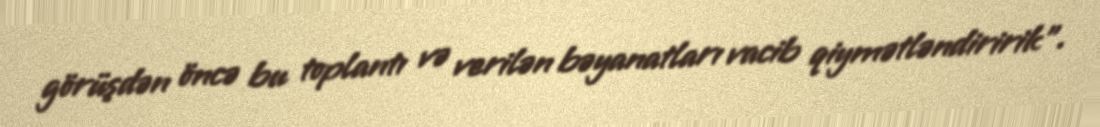
görüşdən öncə bu toplantı və verilən bəyanatları vacib qiymətləndiririk”.